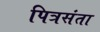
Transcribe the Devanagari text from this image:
पित्रसंता